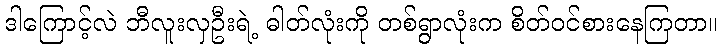
ဒါကြောင့်လဲ ဘီလူးလှဦးရဲ့ ဓါတ်လုံးကို တစ်ရွာလုံးက စိတ်ဝင်စားနေကြတာ။